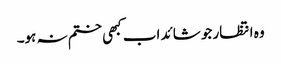
وہ انتظار جو شائد اب کبھی ختم نہ ہو۔